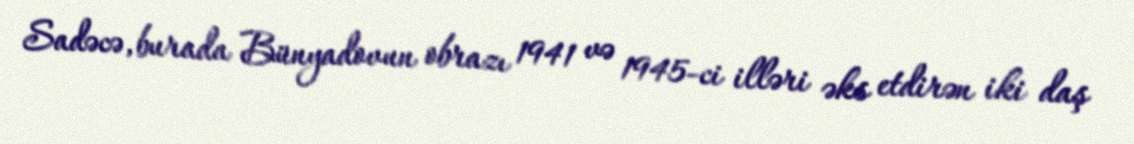
Sadəcə, burada Bünyadovun obrazı 1941 və 1945-ci illəri əks etdirən iki daş